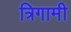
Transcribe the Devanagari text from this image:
त्रिगामी